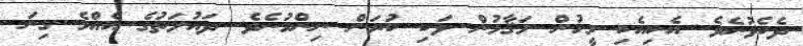
ދެކެވުނެވެ. އެކިއެކި މީހުން މަޤާމުން ވަކި ކުރަން ނިންމުނެވެ. ދައުލަތުގެ އެއްމެ ގިނަ